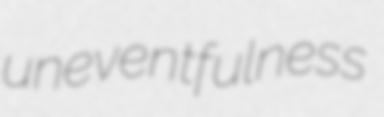
uneventfulness